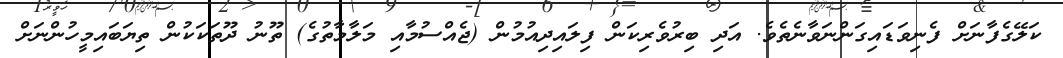
ކަލޭގެފާނަށް ފެނިވަޑައިގަންނަވާނެތެވެ. އަދި ބިރުވެރިކަން ފިލައިދިއުމުން (ޖެއްސުމާއި މަލާމާތުގެ) ތޫނު ދޫތަކަކުން ތިޔަބައިމީހުންނަށް